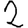
Digit: 2